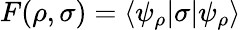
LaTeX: F(\rho,\sigma)=\langle\psi_{\rho}|\sigma|\psi_{\rho}\rangle